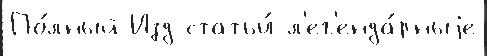
По́лный Изд статьи́ л'ег'енда́рныjе